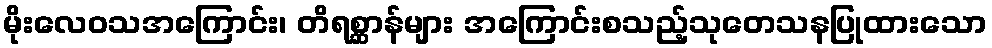
မိုးလေဝသအကြောင်း၊ တိရစ္ဆာန်များ အကြောင်းစသည့်သုတေသနပြုထားသော